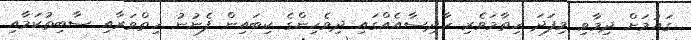
ގައުމަށް ދިމާވި މިފަދަ ހިތާމަވެރި ހާދިސާއެއްގައި ދިވެހިންގެ ކިބައިން ފެނުނު ހިތްވަރާއި ސާބިތުކަމާއި